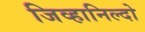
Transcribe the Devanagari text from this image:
जिव्हानिल्दो